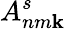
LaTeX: A_{nm\mathbf{k}}^{s}